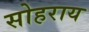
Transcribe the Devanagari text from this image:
सोहराय